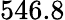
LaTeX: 546.8